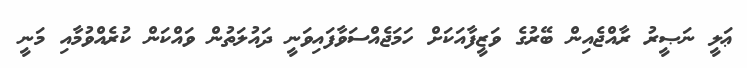
ޢަލީ ނަޞީރު ރާއްޖެއިން ބޭރުގެ ވަޒީފާއަކަށް ހަމަޖެއްސަވާފައިވަނީ ދައުލަތުން ވައްކަން ކުރެއްވުމާއި މަނީ